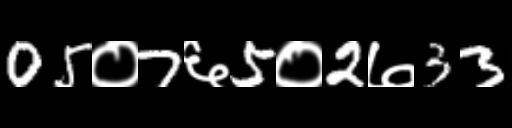
Text: 05०7६5०2७33